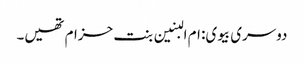
دوسری بیوی: ام البنین بنت حزام تھیں۔